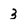
Character: 3